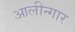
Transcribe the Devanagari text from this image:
आलीन्गार